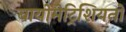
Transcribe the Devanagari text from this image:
बायोमेट्रिशियनों